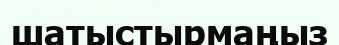
шатыстырмаңыз